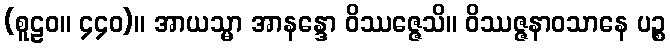
(စူဠဝ။ ၄၄၀)။ အာယသ္မာ အာနန္ဒော ဝိဿဇ္ဇေသိ။ ဝိဿဇ္ဇနာဝသာနေ ပဉ္စ